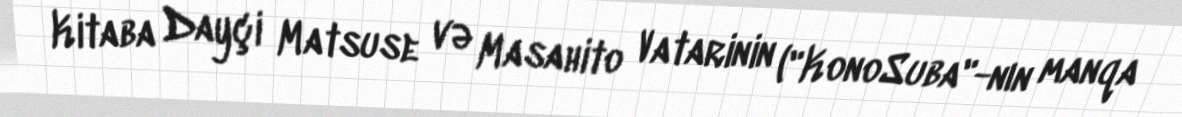
Kitaba Dayçi Matsuse və Masahito Vatarinin ("KonoSuba"-nın manqa